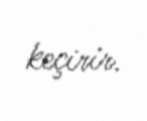
keçirir.